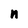
Character: n